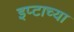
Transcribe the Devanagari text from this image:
इप्टाच्या